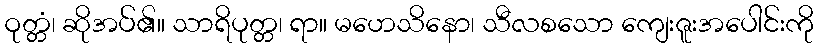
ဝုတ္တံ၊ ဆိုအပ်၏။ သာရိပုတ္တ၊ ရာ။ မဟေသိနော၊ သီလစသော ကျေးဇူးအပေါင်းကို